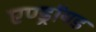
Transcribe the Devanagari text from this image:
एण्ड्रॉयड